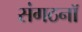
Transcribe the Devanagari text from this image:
संगठनॉ